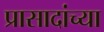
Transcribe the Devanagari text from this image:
प्रासादांच्या